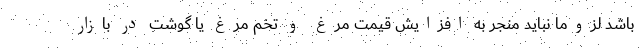
باشد لزوماً نباید منجر به افزایش قیمت مرغ و تخم مرغ یا گوشت در بازار